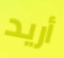
أريد